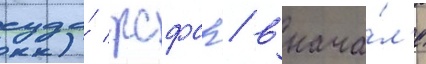
суда́ рсфср / внача́л'е